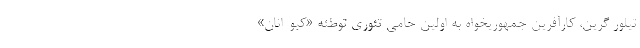
تیلور گرین، کارآفرین جمهوریخواه به اولین حامی تئوری توطئه «کیو-‌انان»